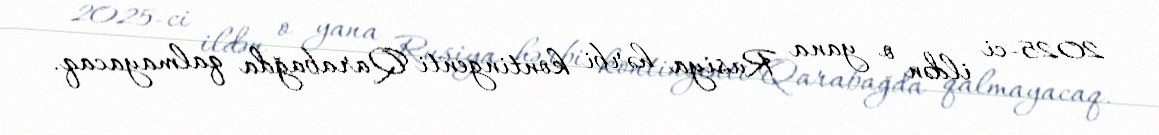
2025-ci ildən o yana Rusiya hərbi kontingenti Qarabağda qalmayacaq.